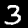
Label: 3